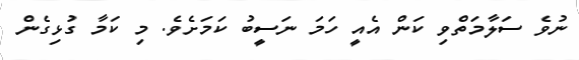
ނުވެ ސަލާމަތްވި ކަން އެއީ ހަމަ ނަސީބު ކަމަށެވެ. މި ކަމާ ގުޅިގެން